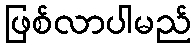
ဖြစ်လာပါမည်